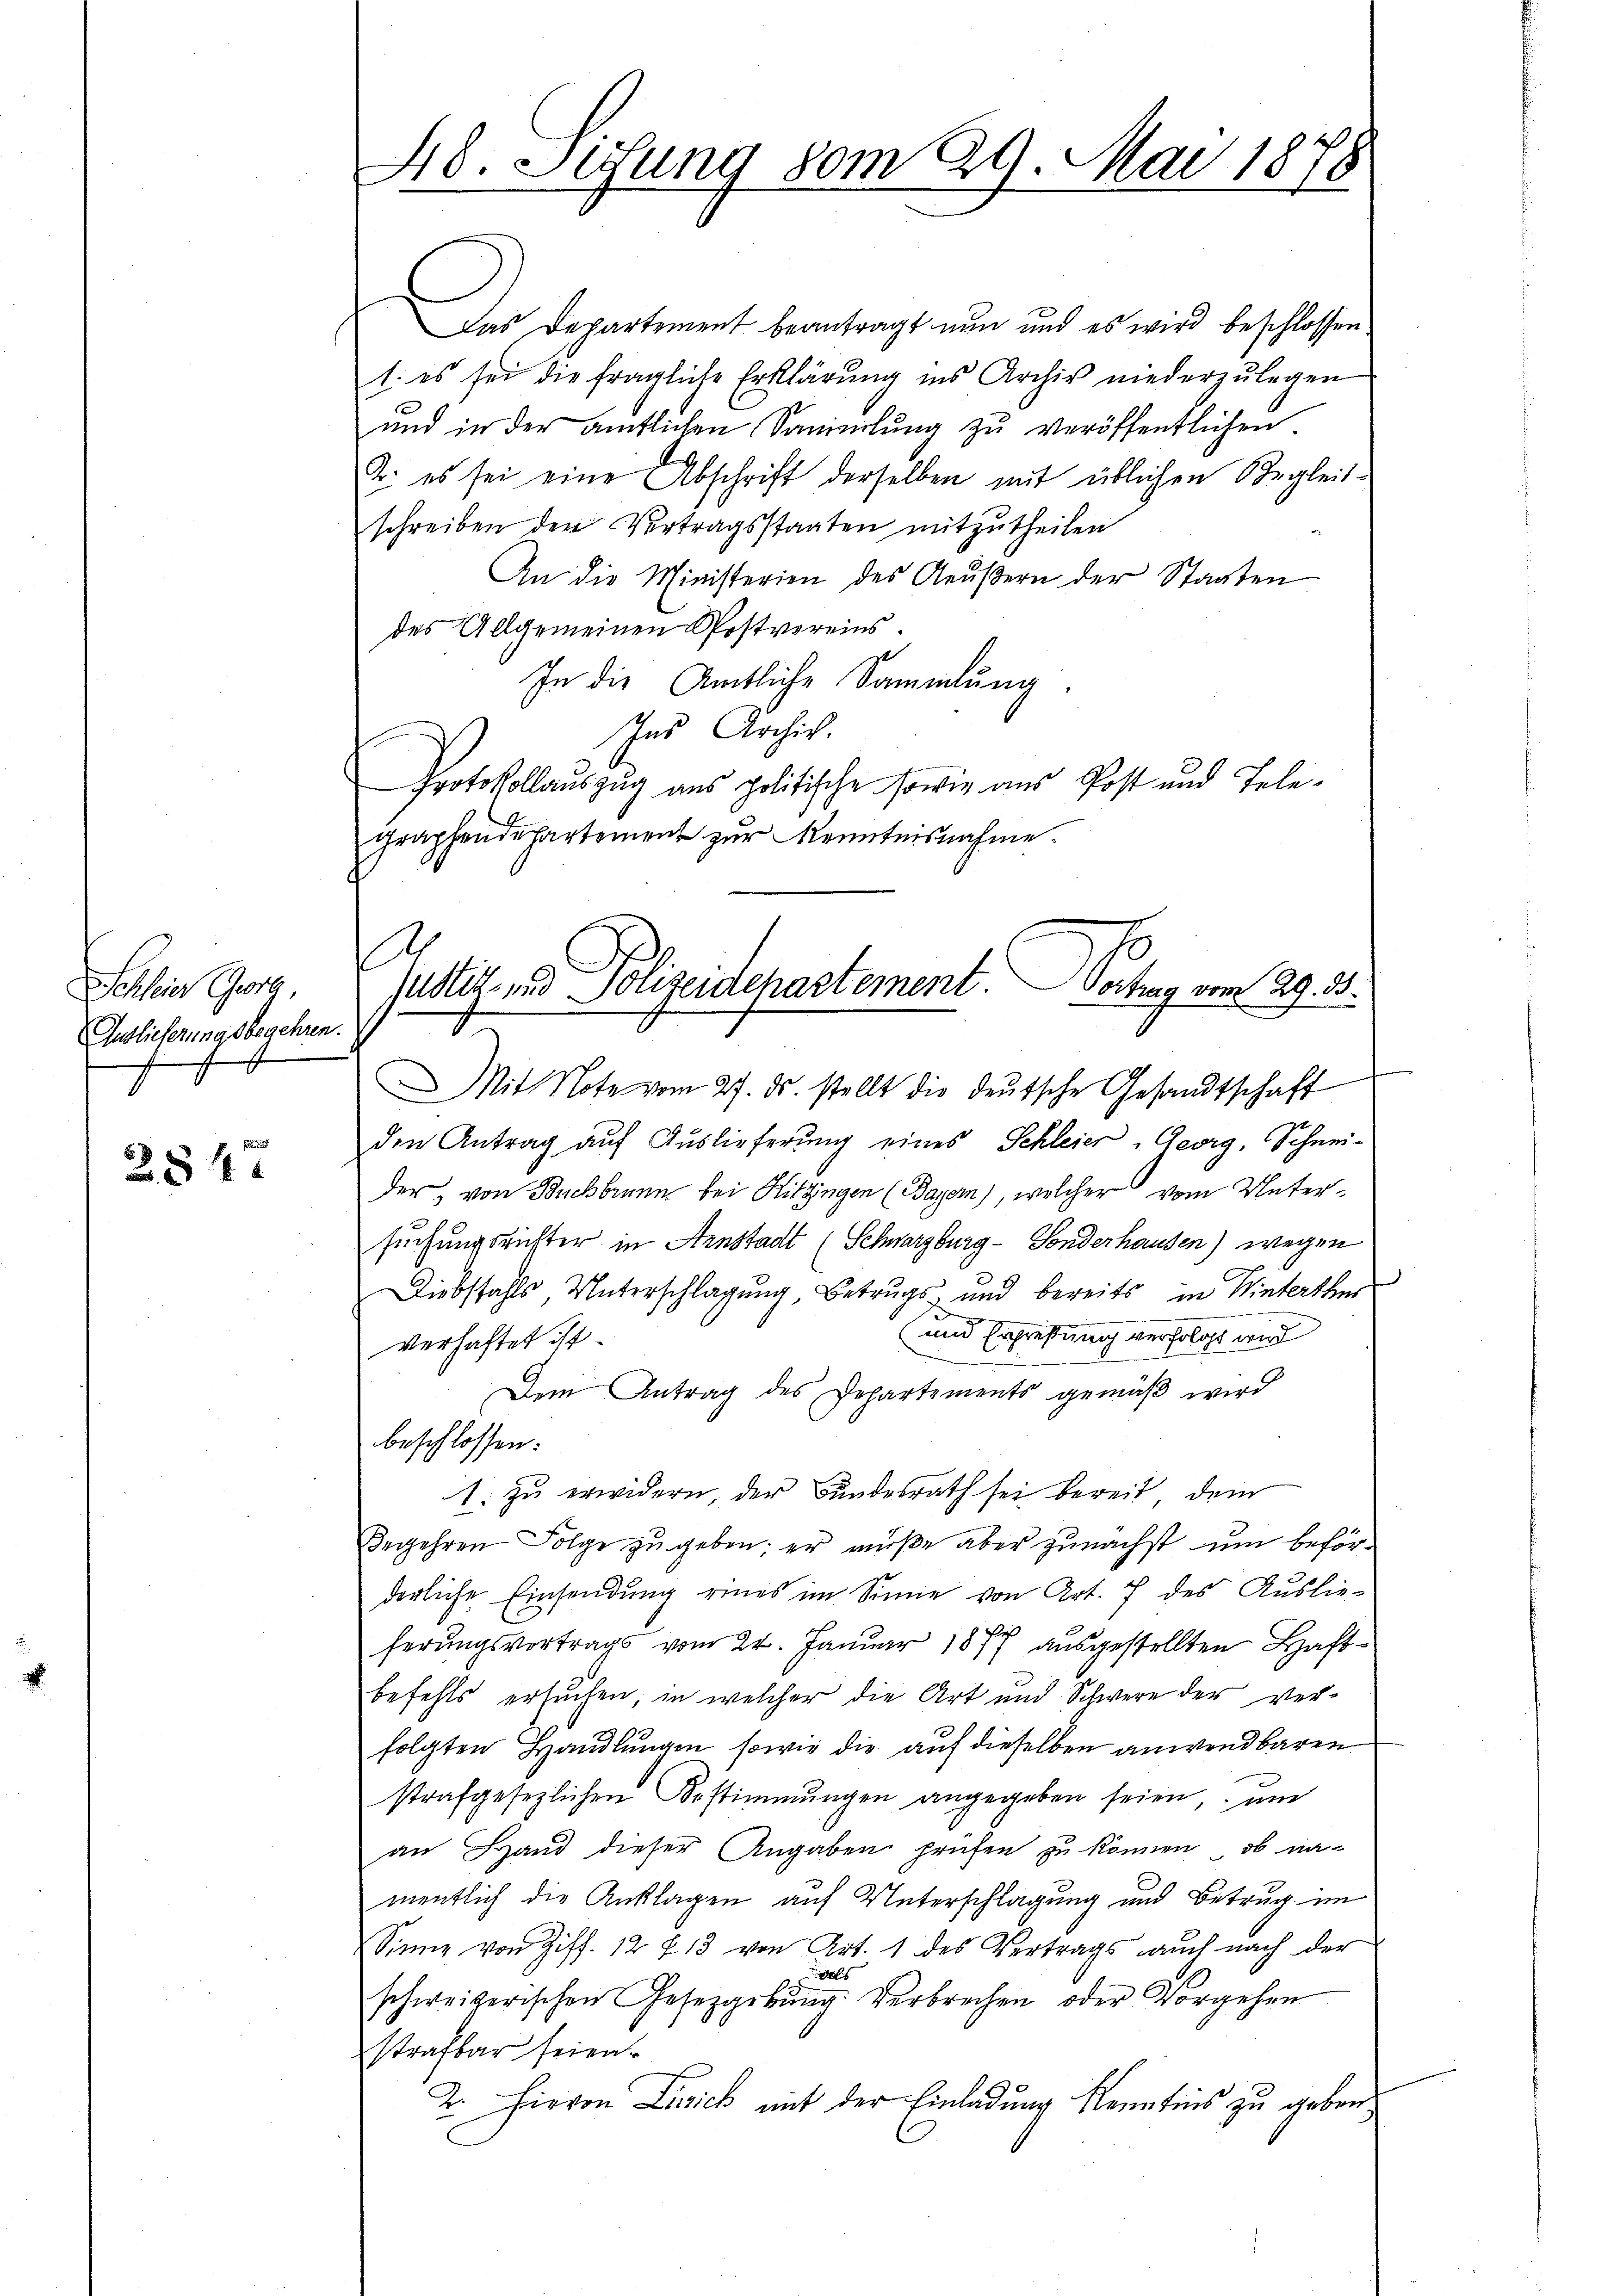
Schleier Georg,
Auslieferungsbegehren.

284.

Das Departement beantragt nun und es wird beschlossen
1. es sei die fragliche Erklärung ins Archiv niederzŭlegen
und in der amtlichen Sammlung zŭ veröffentlichen
2. es sei eine Abschrift derselben mit üblichen Begleitschreiben der Vertragsstaaten mitzutheilen
An die Ministerien des Aeußern der Staaten
des Allgemeinen Postvereins.
In die Amtliche Sammlung
Ins Archiv.
Protokollauszug aus politische sowie aus Post und Telegraphendepartement zur Kenntnisnahme.

48. Sesung vom 29. Mai 1878

1
justiz- und Sougeidepartement. Vortrag vom 29. ds.

Mit Note vom 27. ds. stellt die deŭtsche Gesandtschaft
den Antrag aŭf Auslieferŭng eines Schleier - Georg, Schneider von Buchbrunn bei Hitzingen (Bayern), welcher vom Untersuchungsrichter in Arnstadt (Schwarzburg - Sonderhausen) wegen
Diebstahls Unterschlagung, Betrugs und bereits in Winterthur
und Erschriftung verfolgt wird
verhaftet ist.
Dem Antrag des Departements gemäß wird
beschlossen:
1. zu erwidern, der Bundesrath sei bereit dem
Begehren Folge zu geben; er müße aber zunächst um beförderliche Einsendung eines im Sinne von Art. 7 des Auslie-
ferungsvertrags vom 24. Januar 1877 ausgestellten Haftbefehls ersuchen; in welcher die Art und Schwere der verfolgten Handlungen sowie die auf dieselben anwendbaren
strafgesezlichen Bestimmungen angegeben seien, un
an Hand dieser Angaben prüfen zu können, ob na-
mentlich die Anklagen auf Unterschlagung und Betrug im
Sinne von Ziff. 12 § 13 von Art. 1 des Vertrags auch nach der
als
schweizerischen Gesetzgebung. Verbrechen oder Vorgehen
strafbar seien
2. Hievon Zürich mit der Einladung Kenntnis zu geben